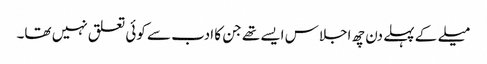
میلے کے پہلے دن چھ اجلاس ایسے تھے جن کا ادب سے کوئی تعلق نہیں تھا۔